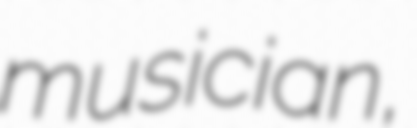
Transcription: musician,